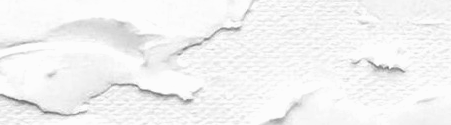
Coffee Shop